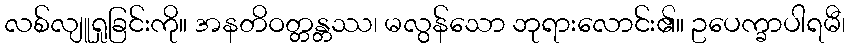
လစ်လျူရှုခြင်းကို။ အနတိဝတ္တန္တဿ၊ မလွန်သော ဘုရားလောင်း၏။ ဥပေက္ခာပါရမီ၊